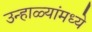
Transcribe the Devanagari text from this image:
उन्हाळ्यांमध्ये